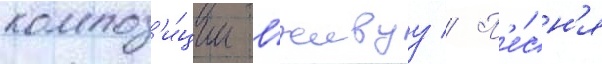
композ'и́ции вживуу // П'е́сн'я